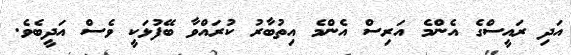
އަދި ރައީސްގެ އެންމެ އަރިސް އެންމެ އިތުބާރު ކުރައްވާ ބޭފުޅަކީ ވެސް އަދީބެވެ.